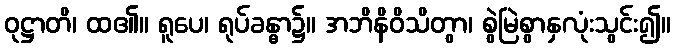
ဝုဋ္ဌာတိ၊ ထ၏။ ရူပေ၊ ရုပ်ခန္ဓာ၌။ အဘိနိဝိသိတွာ၊ စွဲမြဲစွာနှလုံးသွင်း၍။